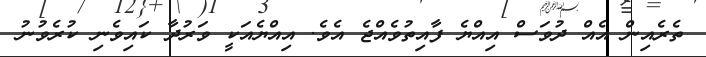
ތެރެއިން އެއް ދުވަސް އިއްޔެ ފާއިތުވެއްޖެ އެވެ. އިއްޔެއަކީ ވަރުދާ ކައިވެނި ކުރެވުނު